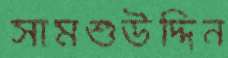
সামশুউদ্দিন